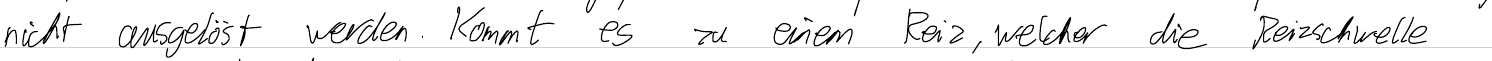
nicht ausgelöst werden. Kommt es zu einem Reiz, welcher die Reizschwelle